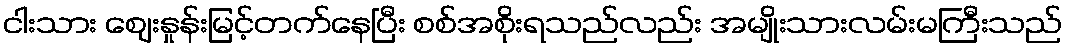
ငါးသား ဈေးနှုန်းမြင့်တက်နေပြီး စစ်အစိုးရသည်လည်း အမျိုးသားလမ်းမကြီးသည်